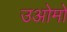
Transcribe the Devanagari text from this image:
उओमो